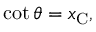
\quad \cot \theta = x _ { \mathrm { C } } ,